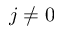
j \neq 0